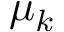
\mu _ { k }